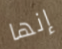
إنها